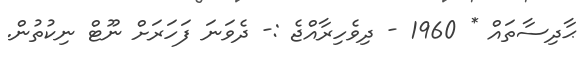
ޙާދިސާތައް * 1960 - ދިވެހިރާއްޖެ :- ދެވަނަ ފަހަރަށް ނޫޓް ނިކުތުން.